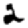
Digit: 2